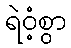
ရဲဝံ့စွာ